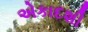
એકાદશી